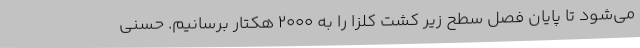
می‌شود تا پایان فصل سطح زیر کشت کلزا را به 2000 هکتار برسانیم. حسنی